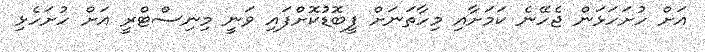
އަށް ހުށަހަޅަން ޖެހޭނެ ކަމަށާއި މިހާތަނަށް ފީބޮޑުކޮށްފައި ވަނީ މިނިސްޓްރީ އަށް ހުށަހެޅި